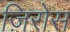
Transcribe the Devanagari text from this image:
ज़िरोस